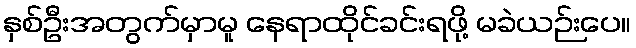
နှစ်ဦးအတွက်မှာမူ နေရာထိုင်ခင်းရဖို့ မခဲယဉ်းပေ။